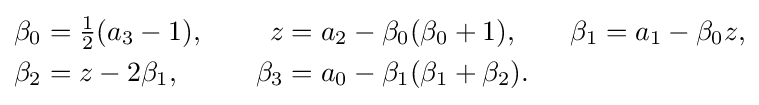
{\begin{aligned}\beta _{0}&={\tfrac {1}{2}}(a_{3}-1),\quad &z&=a_{2}-\beta _{0}(\beta _{0}+1),\quad &\beta _{1}&=a_{1}-\beta _{0}z,\\\beta _{2}&=z-2\beta _{1},\quad &\beta _{3}&=a_{0}-\beta _{1}(\beta _{1}+\beta _{2}).\end{aligned}}